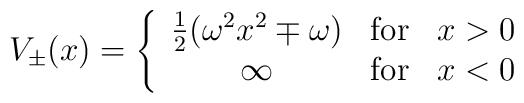
V_{\pm}(x) = \left\{\begin{array}{cll}                    {1\over 2}(\omega^{2} x^{2} \mp \omega) & {\rm                    for} & x>0\\                    \infty & {\rm for} & x<0                    \end{array}\right.